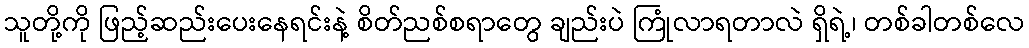
သူတို့ကို ဖြည့်ဆည်းပေးနေရင်းနဲ့ စိတ်ညစ်စရာတွေ ချည်းပဲ ကြုံလာရတာလဲ ရှိရဲ့၊ တစ်ခါတစ်လေ